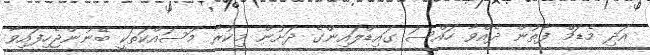
އަދި މެޑަމް ފާތުން ދެއްވާ ހައްސަ ގައިޑްލައިންގެ ދަށުން މިކުރާ މަސައްކަތަކީ ބޭނުންޖެހިފައިވާ